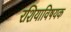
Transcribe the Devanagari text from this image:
रशियाविषयक